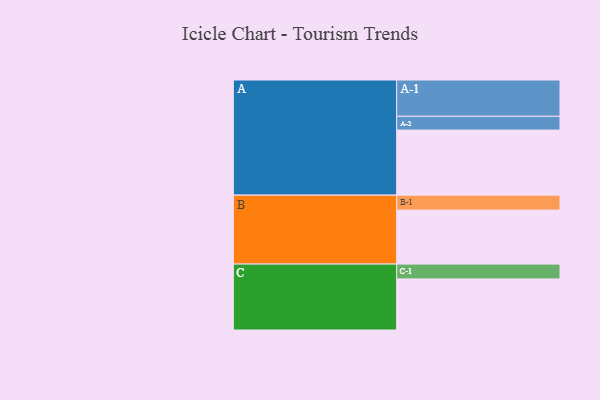
{"axis": {"x": "Segment", "y": "Value"}, "legend": ["", "A", "B", "C"], "data": [{"x": "A", "y": 448, "type": ""}, {"x": "B", "y": 372, "type": ""}, {"x": "C", "y": 352, "type": ""}, {"x": "A-1", "y": 250, "type": "A"}, {"x": "A-2", "y": 95, "type": "A"}, {"x": "B-1", "y": 103, "type": "B"}, {"x": "C-1", "y": 102, "type": "C"}]}